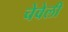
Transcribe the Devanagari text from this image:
चेवेली